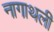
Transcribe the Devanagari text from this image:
नागाथली